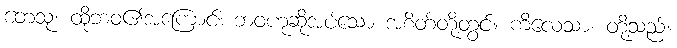
တေသု၊ ထိုဘဝ၏အကြောင်း ဘဝဟုဆိုအပ်သော အစိတ်တို့တွင်။ ကိလေသာ၊ တို့သည်။